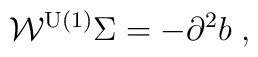
\mathcal{W}^{\mathrm{U(1)}}\Sigma =-\partial ^2b\;,